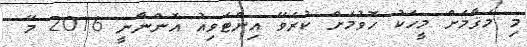
މި މަޤާމަށް މީހަކު ހޮވުމަށް ކުރެވޭ އިންޓަވިއު އޮންނާނީ 2016 މޭ